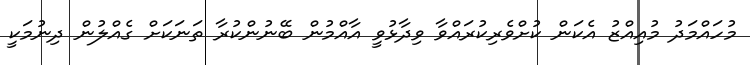
މުހައްމަދު މުއިއްޒު އެކަން ކުށްވެރިކުރައްވާ ވިދާޅުވީ އާއްމުން ބޭނުންކުރާ ތަނަކަށް ގެއްލުން ދިނުމަކީ